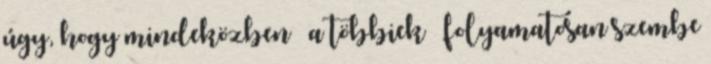
úgy, hogy mindeközben – a többiek – folyama­tosan szembe